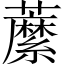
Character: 䕷